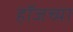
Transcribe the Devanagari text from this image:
हॉजच्या